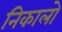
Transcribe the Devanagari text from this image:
निकालो